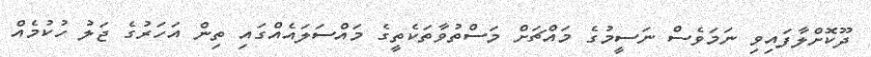
ދޫކޮށްލާފައިވި ނަމަވެސް ނަސީމުގެ މައްޗަށް މަސްތުވާތަކެތީގެ މައްސަލައެއްގައި ތިން އަހަރުގެ ޖަލު ހުކުމެއް